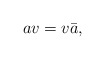
\begin{align*}av=v{\bar a},\end{align*}